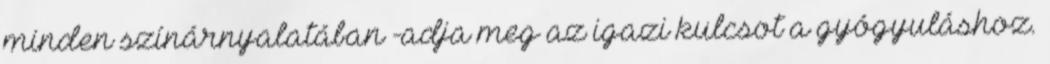
minden színárnyalatában -adja meg az igazi kulcsot a gyógyuláshoz.